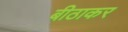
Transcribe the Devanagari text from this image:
बीठाकर